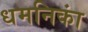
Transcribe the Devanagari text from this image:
धमनिकां